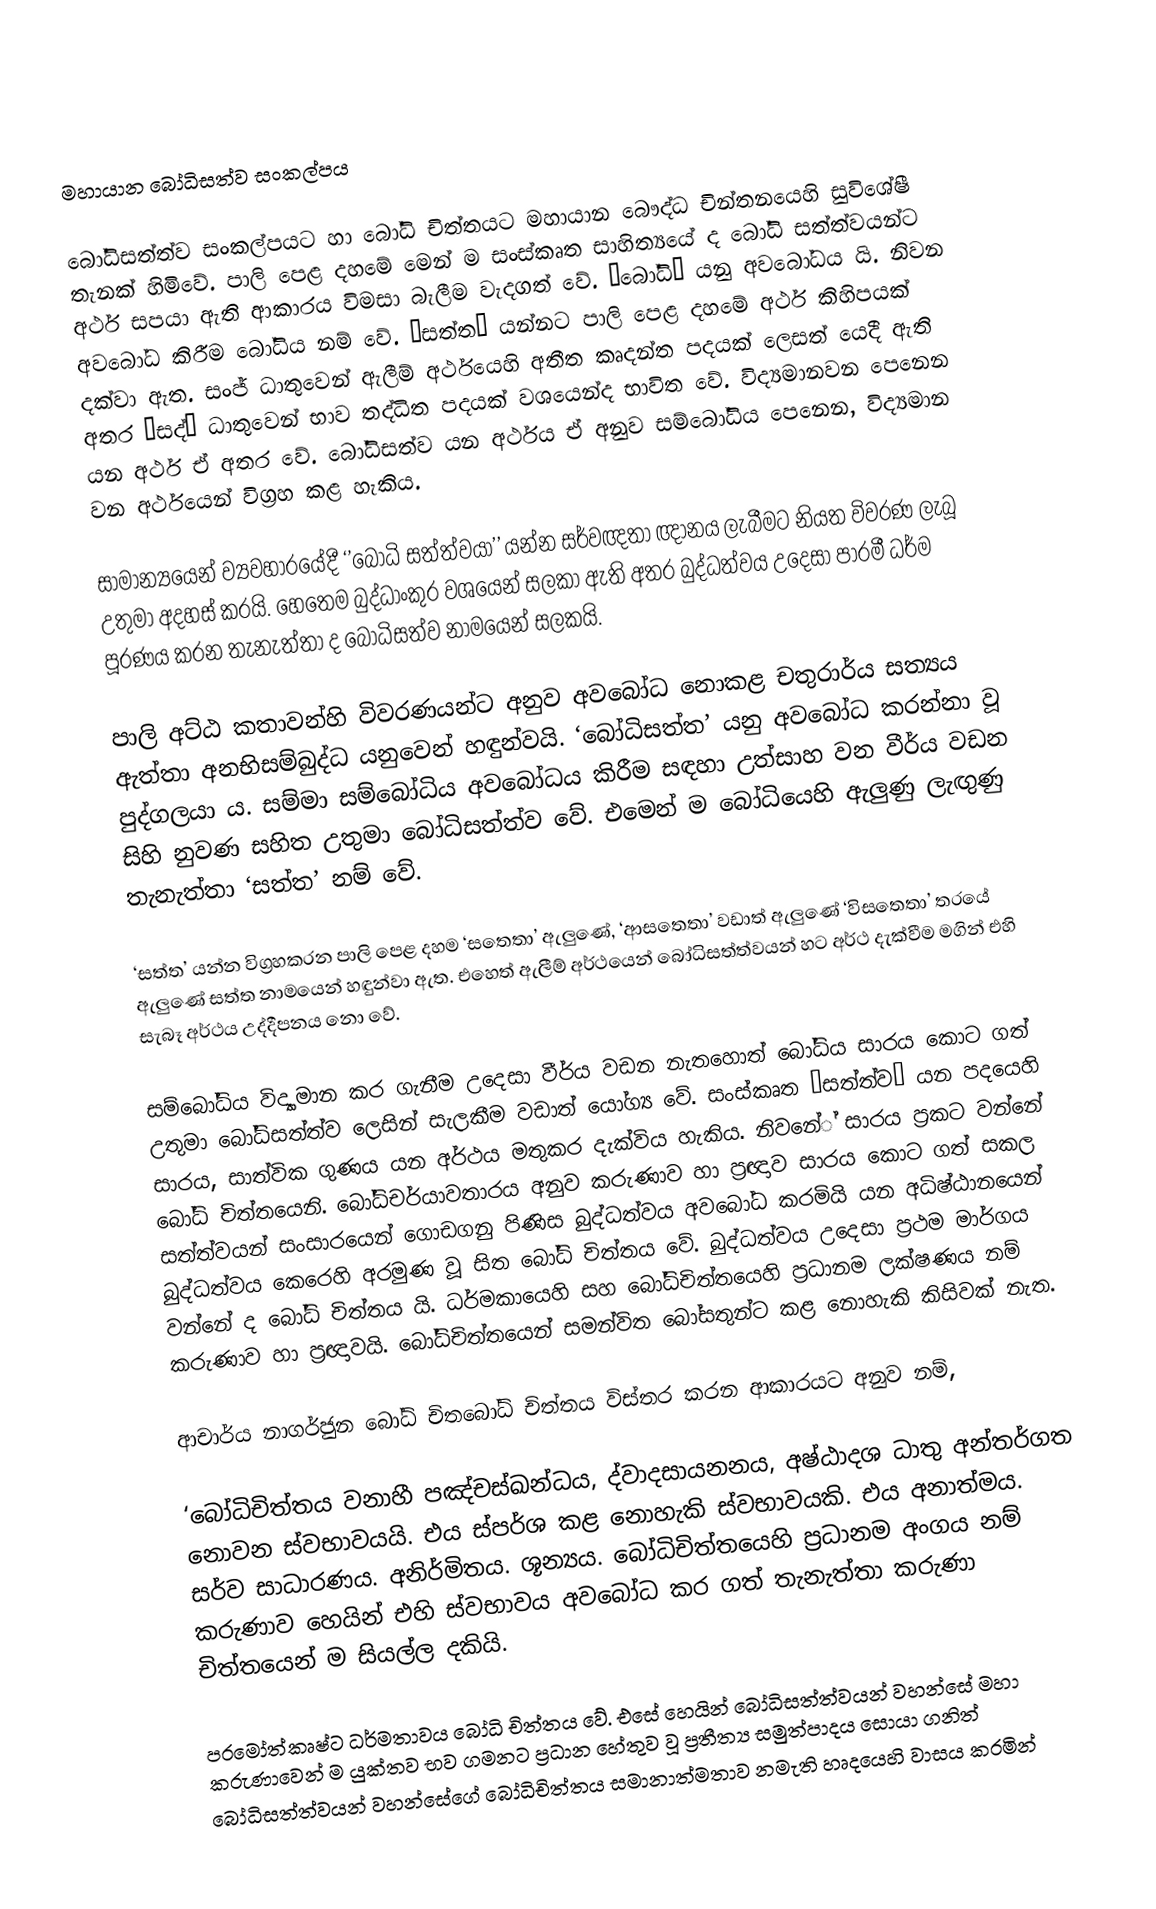

මහායාන බෝධිසත්ව සංකල්පය

බෝධිසත්ත්ව සංකල්පයට හා බෝධි චිත්තයට මහායාන බෞද්ධ චින්තනයෙහි සුවිශේෂී තැනක් හිමිවේ. පාලි පෙළ දහමේ මෙන් ම සංස්කෘත සාහිත්‍යයේ ද බෝධි සත්ත්වයන්ට අර්ථ සපයා ඇති ආකාරය විමසා බැලීම වැදගත් වේ. ‘බෝධි’ යනු අවබෝධය යි. නිවන අවබෝධ කිරීම බෝධිය නම් වේ. ‘සත්ත’ යන්නට පාලි පෙළ දහමේ අර්ථ කිහිපයක් දක්වා ඇත. සංජ් ධාතුවෙන් ඇලීම් අර්ථයෙහි අතීත කෘදන්ත පදයක් ලෙසත් යෙදී ඇති අතර ‘සද්’ ධාතුවෙන් භාව තද්ධිත පදයක් වශයෙන්ද භාවිත වේ. විද්‍යමානවන පෙනෙන යන අර්ථ ඒ අතර වේ. බෝධිසත්ව යන අර්ථය ඒ අනුව සම්බෝධිය පෙනෙන, විද්‍යමාන වන අර්ථයෙන් විග්‍රහ කළ හැකිය.

සාමාන්‍යයෙන් ව්‍යවහාරයේදී ‘’බෝධි සත්ත්වයා’’ යන්න සර්වඥතා ඥානය ලැබීමට නියත විවරණ ලැබූ උතුමා අදහස් කරයි. හෙතෙම බුද්ධාංකුර වශයෙන් සලකා ඇති අතර බුද්ධත්වය උදෙසා පාරමී ධර්ම පූරණය කරන තැනැත්තා ද බෝධිසත්ව නාමයෙන් සලකයි.

පාලි අට්ඨ කතාවන්හි විවරණයන්ට අනුව අවබෝධ නොකළ චතුරාර්ය සත්‍යය ඇත්තා අනභිසම්බුද්ධ යනුවෙන් හඳුන්වයි. ‘බෝධිසත්ත’ යනු අවබෝධ කරන්නා වූ පුද්ගලයා ය. සම්මා සම්බෝධිය අවබෝධය කිරීම සඳහා උත්සාහ වන වීර්ය වඩන සිහි නුවණ සහිත උතුමා බෝධිසත්ත්ව වේ. එමෙන් ම බෝධියෙහි ඇලුණු ලැඟුණු තැනැත්තා ‘සත්ත’ නම් වේ.

‘සත්ත’ යන්න විග්‍රහකරන පාලි පෙළ දහම ‘සතෙතා’ ඇලුණේ, ‘ආසතෙතා’ වඩාත් ඇලුණේ ‘විසතෙතා’ තරයේ ඇලුණේ සත්ත නාමයෙන් හඳුන්වා ඇත. එහෙත් ඇලීම් අර්ථයෙන් බෝධිසත්ත්වයන් හට අර්ථ දැක්වීම මගින් එහි සැබෑ අර්ථය උද්දීපනය නො වේ.

සම්බෝධිය විද්‍යාමාන කර ගැනීම උදෙසා වීර්ය වඩන නැතහොත් බෝධිය සාරය කොට ගත් උතුමා බෝධිසත්ත්ව ලෙසින් සැලකීම වඩාත් යෝග්‍ය වේ. සංස්කෘත ‘සත්ත්ව‘ යන පදයෙහි සාරය, සාත්වික ගුණය යන අර්ථය මතුකර දැක්විය හැකිය. නිවනේ් සාරය ප්‍රකට වන්නේ බෝධි චිත්තයෙනි. බෝධිචර්යාවතාරය අනුව කරුණාව හා ප්‍රඥාව සාරය කොට ගත් සකල සත්ත්වයන් සංසාරයෙන් ගොඩගනු පිණිස බුද්ධත්වය අවබෝධ කරමියි යන අධිෂ්ඨානයෙන් බුද්ධත්වය කෙරෙහි අරමුණ වූ සිත බෝධි චිත්තය වේ. බුද්ධත්වය උදෙසා ප්‍රථම මාර්ගය වන්නේ ද බෝධි චිත්තය යි. ධර්මකායෙහි සහ බෝධිචිත්තයෙහි ප්‍රධානම ලක්ෂණය නම් කරුණාව හා ප්‍රඥාවයි. බෝධිචිත්තයෙන් සමන්විත බෝසතුන්ට කළ නොහැකි කිසිවක් නැත.

ආචාර්ය නාගර්ජුන  බෝධි චිතබෝධි චිත්තය විස්තර කරන ආකාරයට අනුව නම්,

‘බෝධිචිත්තය වනාහී පඤ්චස්ඛන්ධය, ද්වාදසායනනය, අෂ්ඨාදශ ධාතු අන්තර්ගත නොවන ස්වභාවයයි. එය ස්පර්ශ කළ නොහැකි ස්වභාවයකි. එය අනාත්මය. සර්ව සාධාරණය. අනිර්මිතය. ශූන්‍යය. බෝධිචිත්තයෙහි ප්‍රධානම අංගය නම් කරුණාව හෙයින් එහි ස්වභාවය අවබෝධ කර ගත් තැනැත්තා කරුණා චිත්තයෙන් ම සියල්ල දකියි.

පරමෝත්කෘෂ්ට ධර්මතාවය බෝධි චිත්තය වේ. එසේ හෙයින් බෝධිසත්ත්වයන් වහන්සේ මහා කරුණාවෙන් ම යුක්තව භව ගමනට ප්‍රධාන හේතුව වූ ප්‍රතීත්‍ය සමුත්පාදය සොයා ගනිත් බෝධිසත්ත්වයන් වහන්සේගේ බෝධිචිත්තය සමානාත්මතාව නමැති හෘදයෙහි වාසය කරමින්